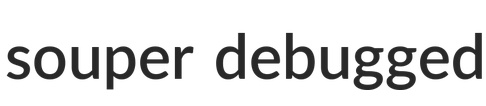
souper debugged